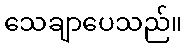
သေချာပေသည်။